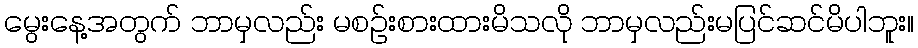
မွေးနေ့အတွက် ဘာမှလည်း မစဉ်းစားထားမိသလို ဘာမှလည်းမပြင်ဆင်မိပါဘူး။